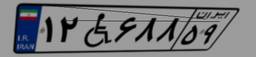
۱۲W۶۸۸۵۹